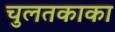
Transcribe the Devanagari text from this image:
चुलतकाका